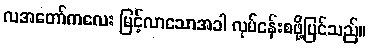
လအတော်ကလေး မြင့်လာသောအခါ လုပ်ငန်းစဖို့ပြင်သည်။